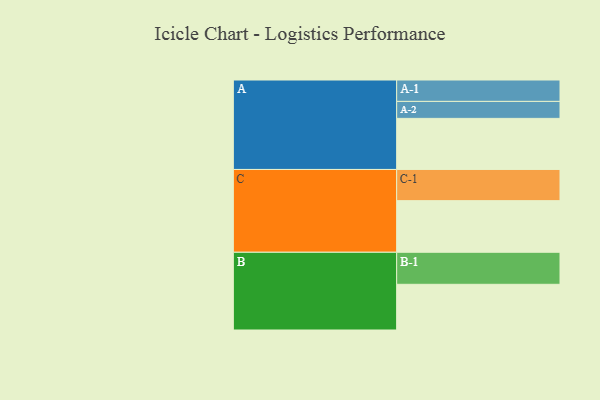
{"axis": {"x": "Segment", "y": "Value"}, "legend": ["", "A", "B", "C"], "data": [{"x": "A", "y": 370, "type": ""}, {"x": "B", "y": 331, "type": ""}, {"x": "C", "y": 374, "type": ""}, {"x": "A-1", "y": 155, "type": "A"}, {"x": "A-2", "y": 123, "type": "A"}, {"x": "B-1", "y": 232, "type": "B"}, {"x": "C-1", "y": 226, "type": "C"}]}